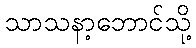
သာသနာ့ဘောင်သို့